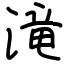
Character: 滝